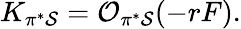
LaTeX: K_{\pi^{*}{\cal S}}={\cal O}_{\pi^{*}{\cal S}}(-rF).